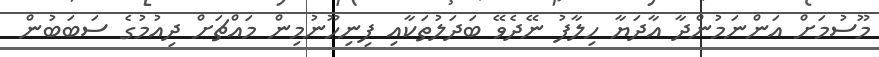
މޫސުމަށް އަންނަމުންދާ އާދަޔާ ހިލާފު ނޭދެވޭ ބަދަލުތަކާއި ފިނިހޫނުމިން މައްޗަށް ދިއުމުގެ ސަބަބުން